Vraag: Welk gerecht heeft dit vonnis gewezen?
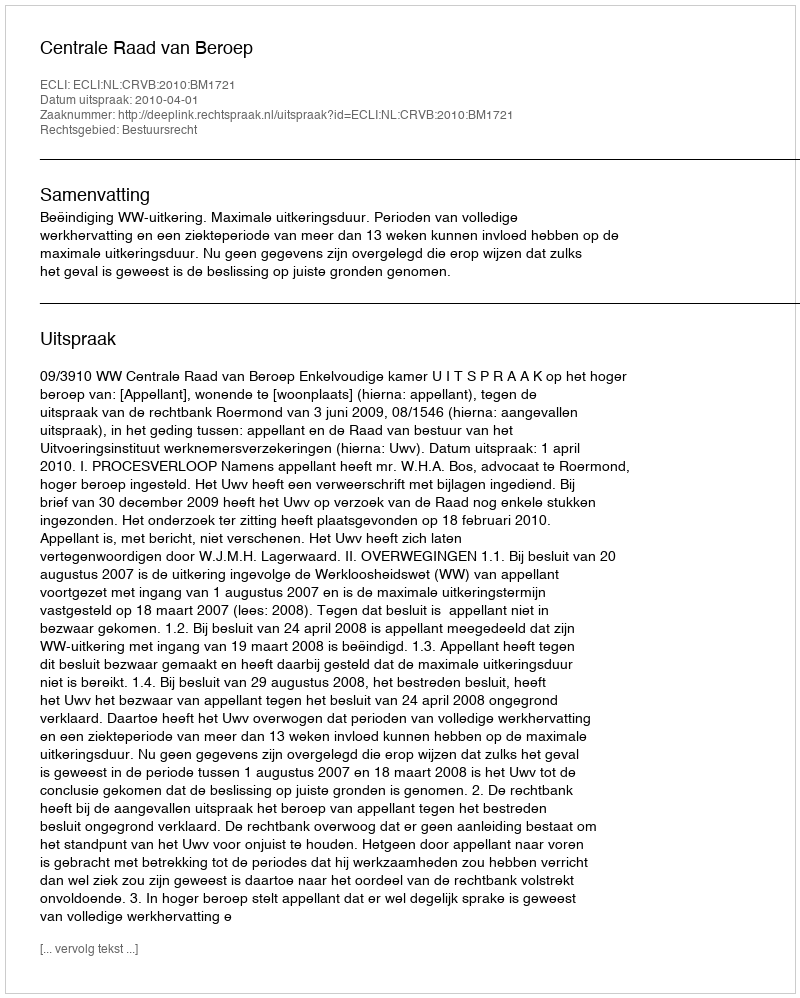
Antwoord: Centrale Raad van Beroep